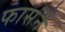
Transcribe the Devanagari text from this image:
फासंने